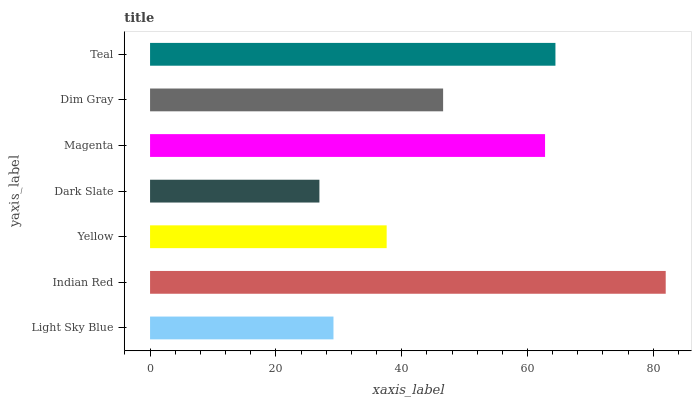
| yaxis_label | bars |
 | --- | --- |
 | Light Sky Blue | 29.2 |
 | Indian Red | 82 |
 | Yellow | 37.6 |
 | Dark Slate | 26.9 |
 | Magenta | 62.8 |
 | Dim Gray | 46.6 |
 | Teal | 64.4 |